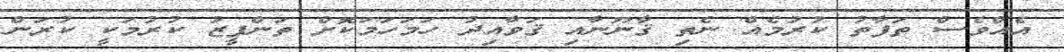
އެއްވެސް ތަފާތު ކުރުމެއް ނެތި ޤާނޫނާއި ޤަވާއިދު ހަމަހަމަކޮށް ތަންފީޒު ކުރުމަކީ ކުރަން